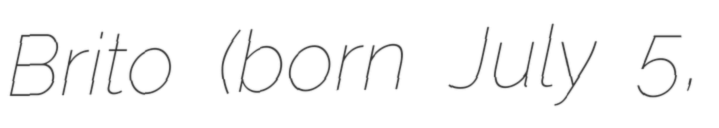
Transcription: Brito (born July 5,